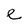
Character: e